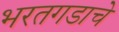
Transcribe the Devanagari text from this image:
भरतगडाचे